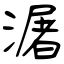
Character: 潳